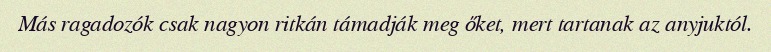
Más ragadozók csak nagyon ritkán támadják meg őket, mert tartanak az anyjuktól.